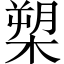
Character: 槊